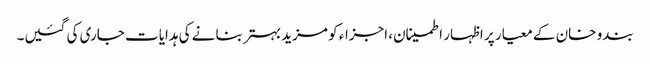
بندو خان کے معیار پر اظہار اطمینان، اجزاء کو مزید بہتر بنانے کی ہدایات جاری کی گئیں۔